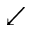
\swarrow